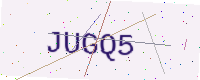
Text: JUGQ5